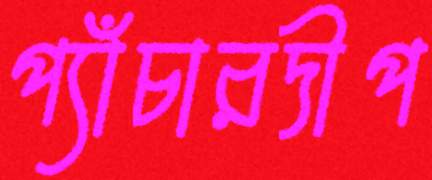
প্যাঁচারদীপ